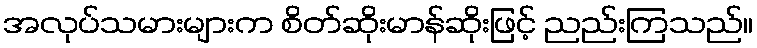
အလုပ်သမားများက စိတ်ဆိုးမာန်ဆိုးဖြင့် ညည်းကြသည်။